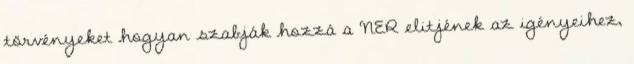
törvényeket hogyan szabják hozzá a NER elitjének az igényeihez,